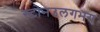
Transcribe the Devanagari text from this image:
स्टोनउलगभग